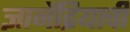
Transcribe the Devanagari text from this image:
ज्ञानेंद्रियाची